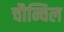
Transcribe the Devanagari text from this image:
चौन्चिल